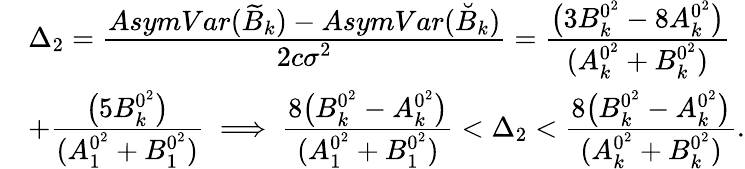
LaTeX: \begin{array}{rl}&{\Delta_{2}=\cfrac{AsymVar(\widetilde{B}_{k})-AsymVar(\breve{B}_{k})}{2c\sigma^{2}}=\cfrac{\big(3B_{k}^{0^{2}}-8A_{k}^{0^{2}}\big)}{(A_{k}^{0^{2}}+B_{k}^{0^{2}})}}\\ &{+\cfrac{\big(5B_{k}^{0^{2}}\big)}{(A_{1}^{0^{2}}+B_{1}^{0^{2}})}\implies\cfrac{8\big(B_{k}^{0^{2}}-A_{k}^{0^{2}}\big)}{(A_{1}^{0^{2}}+B_{1}^{0^{2}})}<\Delta_{2}<\cfrac{8\big(B_{k}^{0^{2}}-A_{k}^{0^{2}}\big)}{(A_{k}^{0^{2}}+B_{k}^{0^{2}})}.}\end{array}